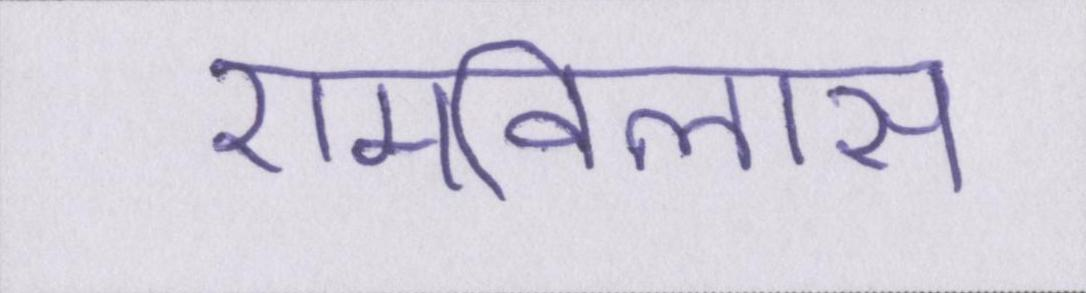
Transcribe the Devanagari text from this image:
रामविलास